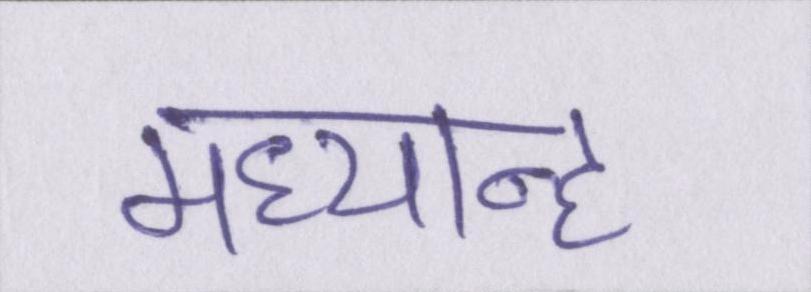
मध्यान्ह